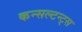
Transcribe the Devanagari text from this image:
कन्सल्टन्ट्स